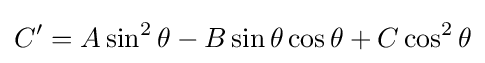
C'=A\sin ^{2}\theta -B\sin \theta \cos \theta +C\cos ^{2}\theta